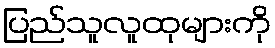
ပြည်သူလူထုများကို